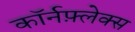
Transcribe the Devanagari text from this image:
कॉर्नफ़्लेक्स